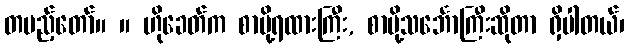
တပည့်တော်။ ။ ဟိုခေတ်က စာပို့ရထားကြီး, စာပို့သင်္ဘောကြီးဆိုတာ ရှိပါတယ်၊